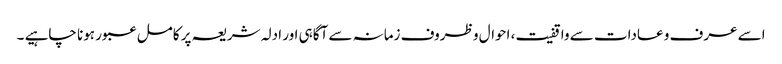
اسے عرف و عادات سے واقفیت، احوال و ظروف زمانہ سے آگاہی اور ادلہ شریعہ پر کامل عبور ہونا چاہیے ۔